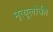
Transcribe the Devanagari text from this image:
मृत्यूलोकी